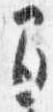
間